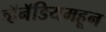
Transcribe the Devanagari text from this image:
व्हॅनॅडियमहून